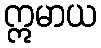
ဣမာယ